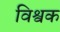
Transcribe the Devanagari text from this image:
विश्वक